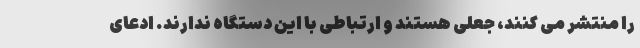
را منتشر می کنند، جعلی هستند و ارتباطی با این دستگاه ندارند. ادعای